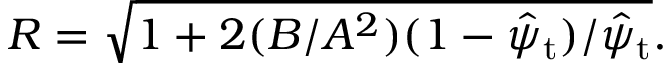
\begin{array} { r } { R = \sqrt { 1 + 2 ( B / A ^ { 2 } ) ( 1 - \hat { \psi } _ { \mathrm { t } } ) / \hat { \psi } _ { \mathrm { t } } } . } \end{array}